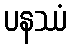
ပနဿံ